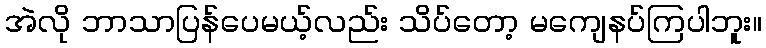
အဲလို ဘာသာပြန်ပေမယ့်လည်း သိပ်တော့ မကျေနပ်ကြပါဘူး။